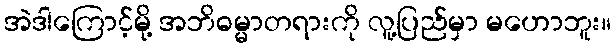
အဲဒါကြောင့်မို့ အဘိဓမ္မာတရားကို လူ့ပြည်မှာ မဟောဘူး။